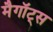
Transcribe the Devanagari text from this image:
मैगॉट्स